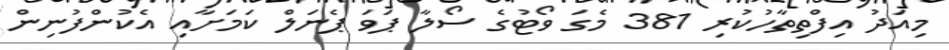
މިއަދު އިފްތިތާހުކުރި 381 މެގަ ވޯޓުގެ ސޯލާ ޕަވަ ޕެނަލް ކަމަށާއި އެކުންފުނިން